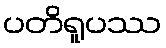
ပတိရူပဿ